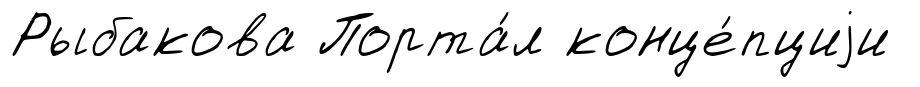
Рыбакова Порта́л конце́пциjи